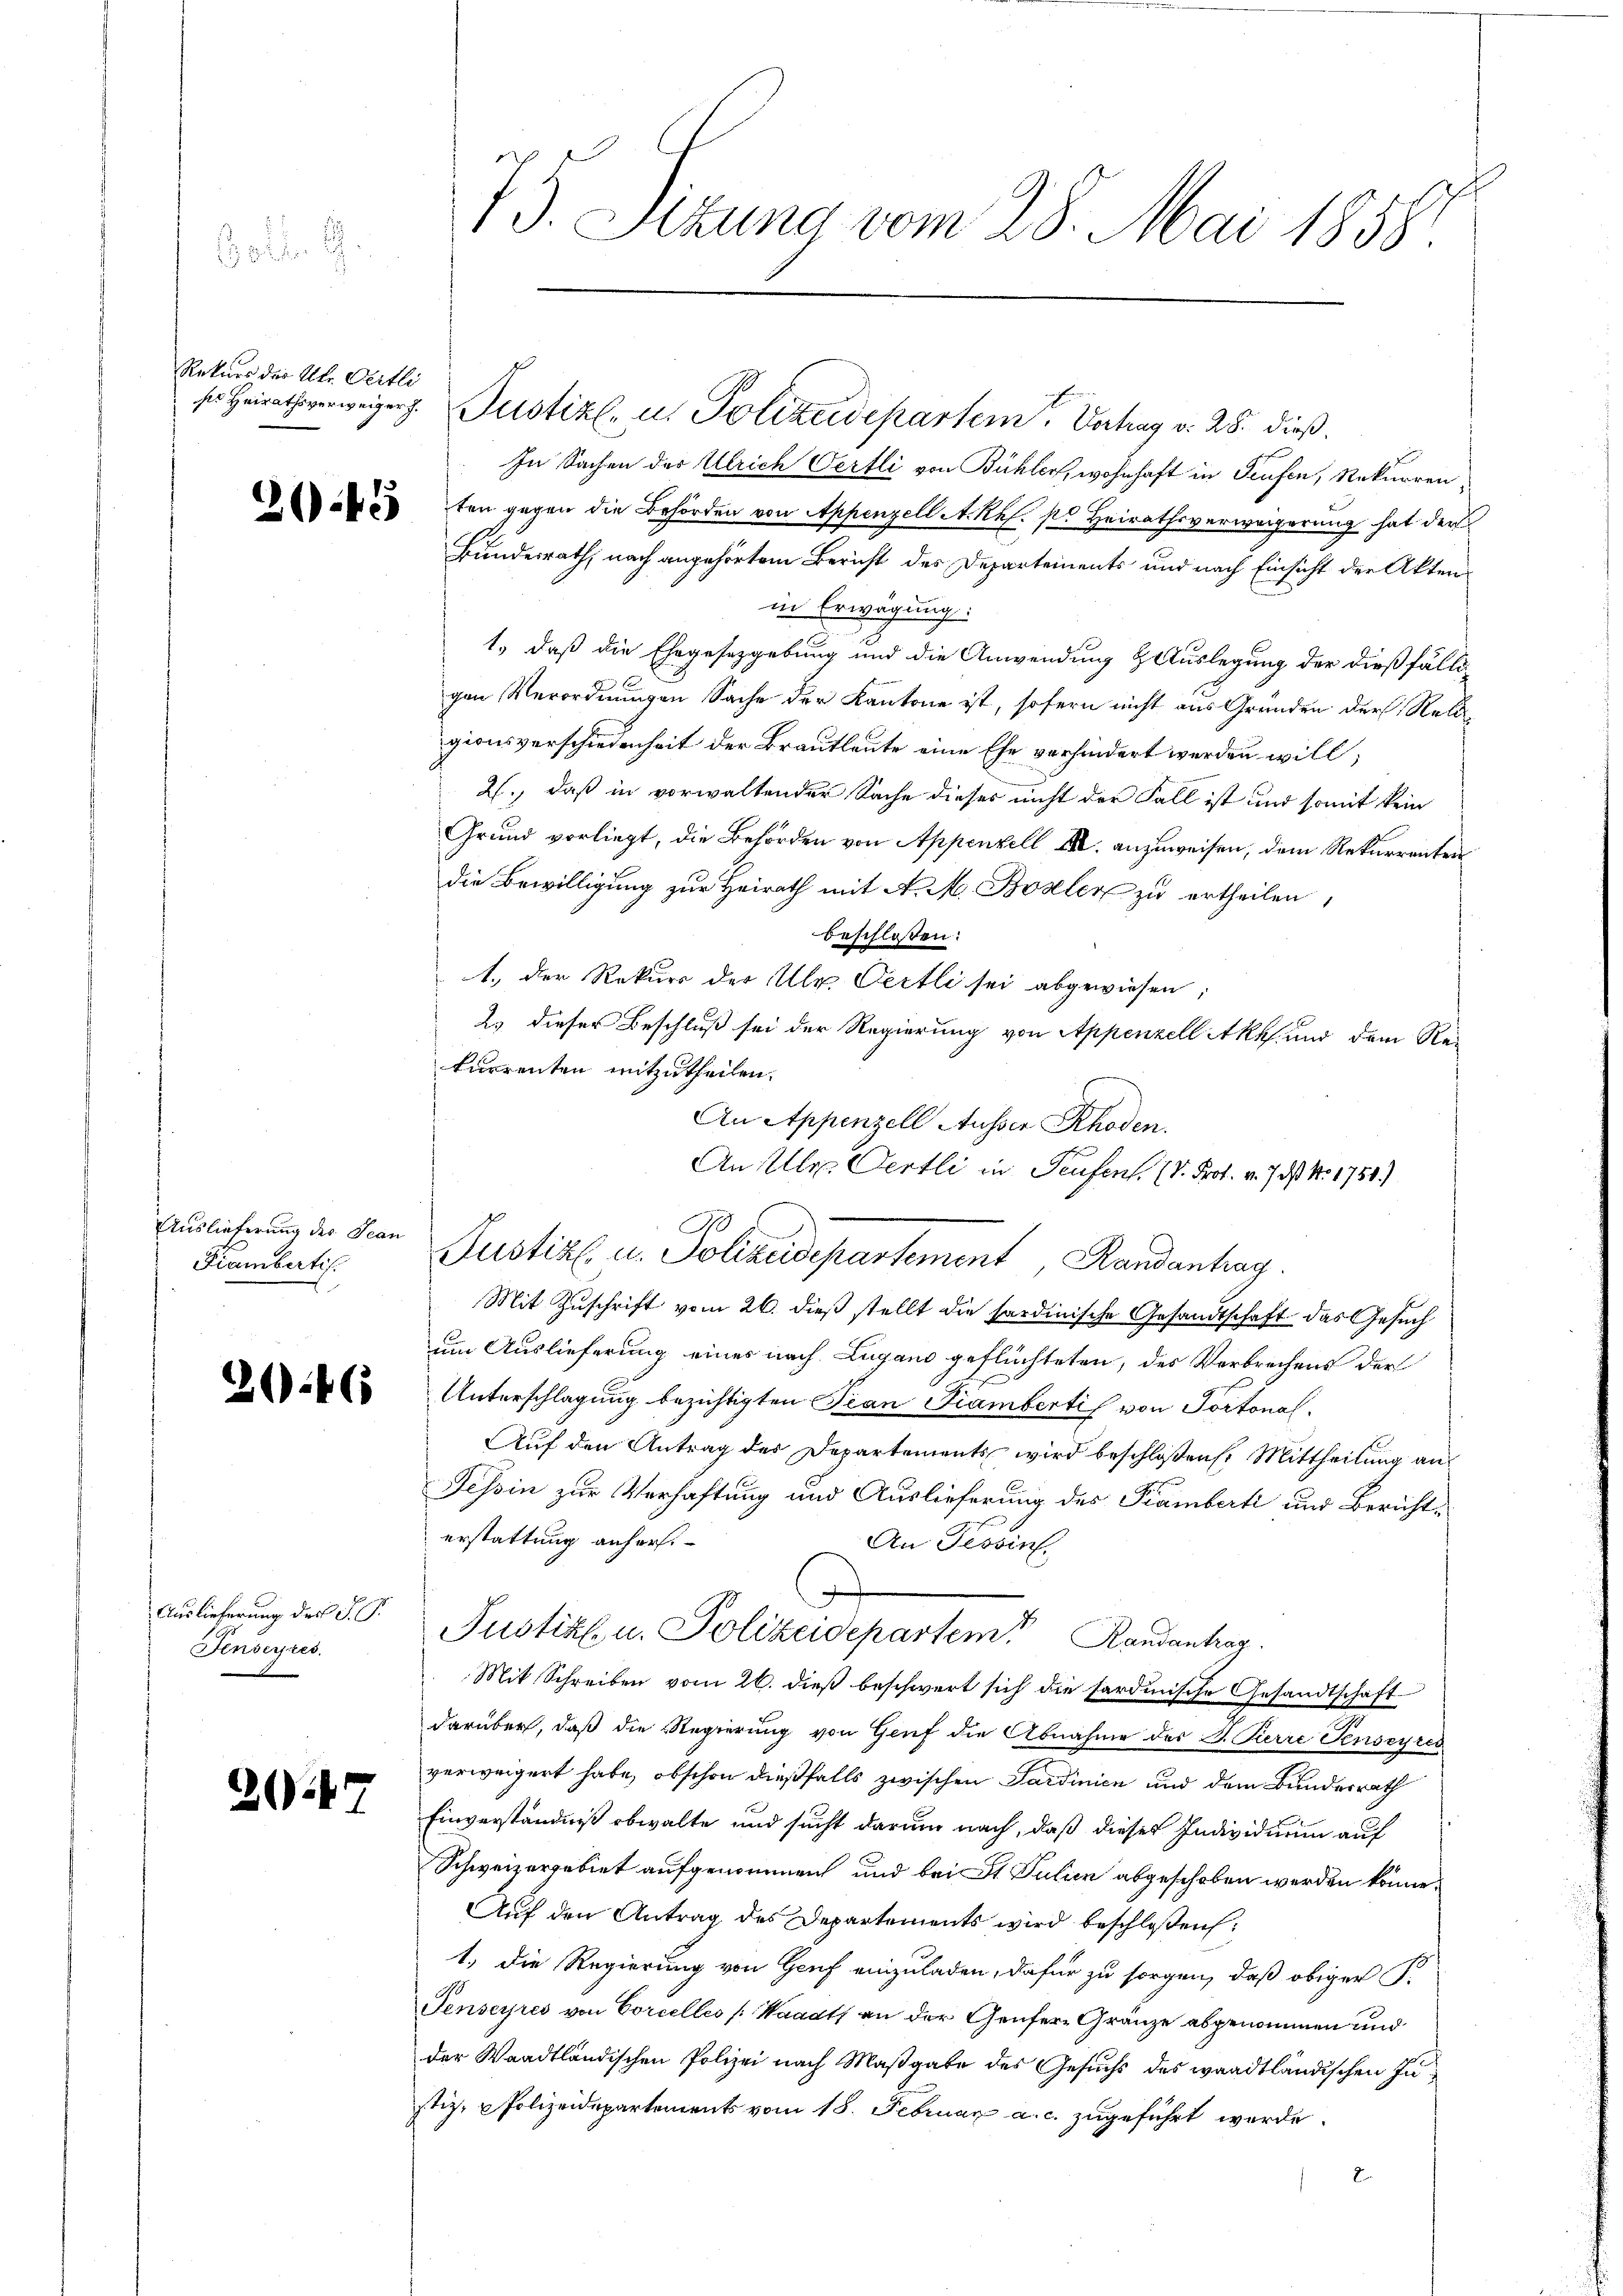
Rekurs der Ulr. Oertli

2045

Auslieferung des Jean
Fiamberti

2046

Auslieferung der J. G.
Fensetzes.

247

In Sachen der Ulrich Oertli von Bühler, wohnhaft in Teufen, Rekurrenten gegen die Behörden von Appenzell A. Rh. ste Heirathsverweigerung hat der
Bundesrath, nach angehörtem Bericht des Departements und nach Einsicht der Akten
in Erwägung:
1.) daß die Ehegesetzgebung und die Anwendung & Auslegung der dießfälli
gen Verordnungen Sache der Kantone ist, sofern nicht aus Gründen der Rell
gionsverschiedenheit der Brautleute eine Ehe verhindert werden will;
2., daß in vorwaltender Sache dieses nicht der Fall ist und somit kein
Grund vorliegt, die Behörden von Appenzell III. anzuweisen, dem Rekurrenten
die Bewilligung zur Heirath mit A. M. Boseler zu ertheilen,
beschlossen:
1. der Rekurs der Ulr. Oertli sei abgewiesen;
2. dieser Beschluß sei der Regierung von Appenzell Akuf und dem Rekurrenten mitzutheilen.
An Appenzell Ausser Rhoden.
An Mlle. Oertli in Teufen. (v. Prof. v. 7. ds Nr. 1751.)
Mit Zuschrift vom 26. dieß stellt die sardinische Gesandtschaft das Gesuch
um Auslieferung eines nach Lugano geflüchteten, des Verbrechens der
Unterschlagung bezichtigten Tean Piambertis von Portonal¬
Auf den Antrag des Departements wird beschloßen: Mittheilung an
Tessin zur Verhaftung und Auslieferung des Prämberti und Berichterstattung anhers.
An Tessin.
Pustiz u. Polizeidepartem Randantrag
Mit Schreiben vom 26. dieß beschwert sich die sardinische Gesandtschaft
darüber, daß die Regierung von Genf die Abnahme des B. Pierre Penseyres
verweigert habe, obschon dießfalls zwischen Sardinien und dem Bundesrath
Einverständniß obwalte und sucht darum nach, daß dieses Individuum auf
Schweizergebiet aufgenommen und bei St. Julien abgeschoben werden könne.
Auf den Antrag des Departements wird beschloßen:
1.) Die Regierung von Genf einzuladen, dafür zu sorgen, daß obiger P.
Tenseyres von Corcelles [Waadt an der Genfere Gränze abgenommen und
der Waadtländischen Polizei nach Maßgabe des Gesuchs des waadtländischen Instiz, Polizeidepartements vom 18. Februar a. c. zugeführt werde.
2.

73. Sizung vom 28. Mai 1858.

ses Heirathsverweiger Justiz- u. Polizeidepartem Vortrag v. 28. dieß

d
Justiz- u. Polizeidepartement Randantrag